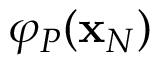
\varphi _ { P } ( \mathbf { x } _ { N } )